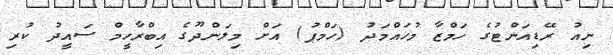
ނިއު ރޭޑިއަންޓުގެ ހަމްޒާ މުހައްމަދު (ހަމްޕު) އަށް މިލަންދޫގެ އިބްރާހީމް ސައީދު ކުރި